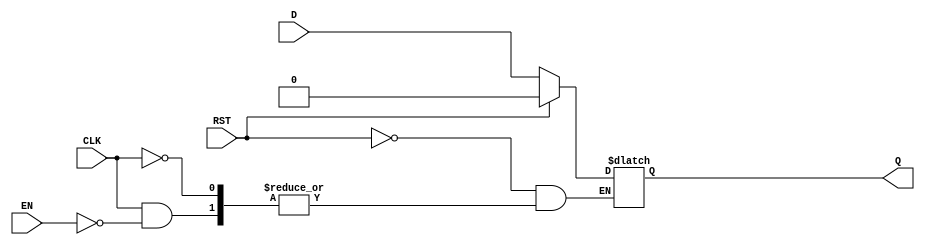
module StoreRegister (
    input wire D,      // Data Input
    input wire CLK,    // Clock
    input wire EN,     // Enable
    input wire RST,    // Reset
    output reg Q       // Data Output
);

    // Asynchronous Reset
    always @(*) begin
        if (RST) begin
            Q <= 1'b0;    // Reset the output Q to 0
        end else if (CLK) begin
            if (EN) begin
                Q <= D;   // Capture the data input D
            end
            // If EN is low, Q retains its previous value
        end
    end

endmodule